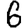
Digit: 6